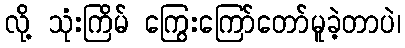
လို့ သုံးကြိမ် ကြွေးကြော်တော်မူခဲ့တာပဲ၊